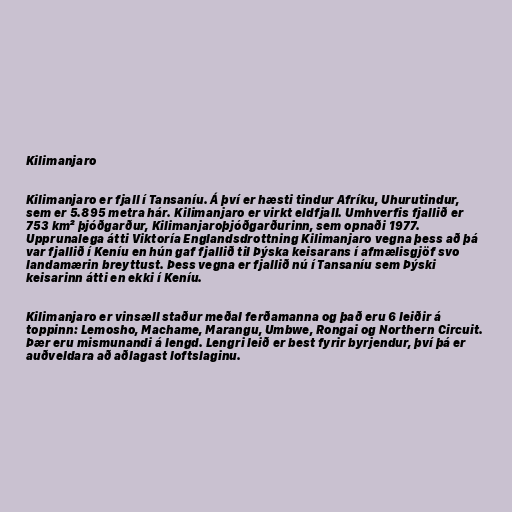
Kilimanjaro

Kilimanjaro er fjall í Tansaníu. Á því er hæsti tindur Afríku, Uhurutindur,
sem er 5.895 metra hár. Kilimanjaro er virkt eldfjall. Umhverfis fjallið er
753 km² þjóðgarður, Kilimanjaroþjóðgarðurinn, sem opnaði 1977.
Upprunalega átti Viktoría Englandsdrottning Kilimanjaro vegna þess að þá
var fjallið í Keníu en hún gaf fjallið til Þýska keisarans í afmælisgjöf svo
landamærin breyttust. Þess vegna er fjallið nú í Tansaníu sem Þýski
keisarinn átti en ekki í Keníu.

Kilimanjaro er vinsæll staður meðal ferðamanna og það eru 6 leiðir á
toppinn: Lemosho, Machame, Marangu, Umbwe, Rongai og Northern Circuit.
Þær eru mismunandi á lengd. Lengri leið er best fyrir byrjendur, því þá er
auðveldara að aðlagast loftslaginu.